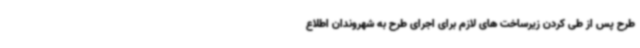
طرح پس از طی کردن زیرساخت های لازم برای اجرای طرح به شهروندان اطلاع